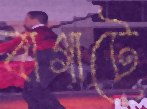
বাগাটে